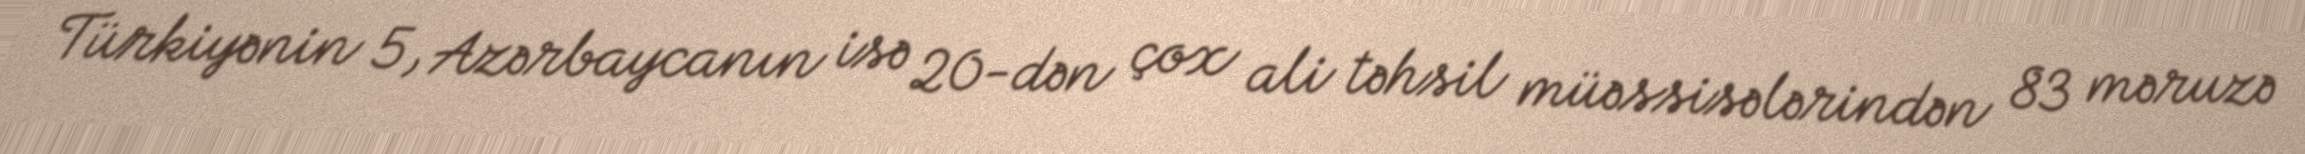
Türkiyənin 5, Azərbaycanın isə 20-dən çox ali təhsil müəssisələrindən 83 məruzə